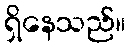
ရှိနေသည်။